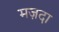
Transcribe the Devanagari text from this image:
मज़दा